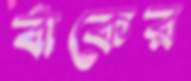
বাঁকের